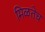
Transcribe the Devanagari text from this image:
मिळतेच